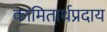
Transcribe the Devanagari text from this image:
कामितार्थप्रदाय